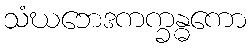
သံဃဘေဒကက္ခန္ဓကော